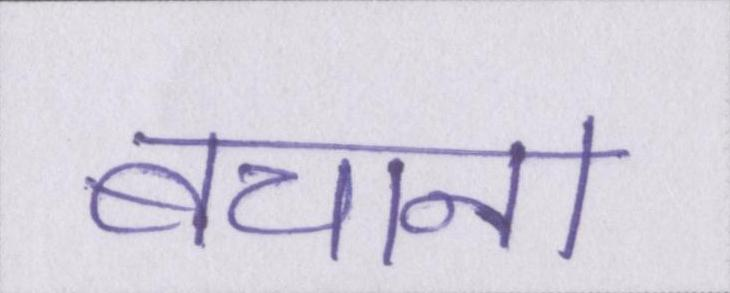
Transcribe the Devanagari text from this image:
बचाना